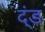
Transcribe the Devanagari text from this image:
द्ंड